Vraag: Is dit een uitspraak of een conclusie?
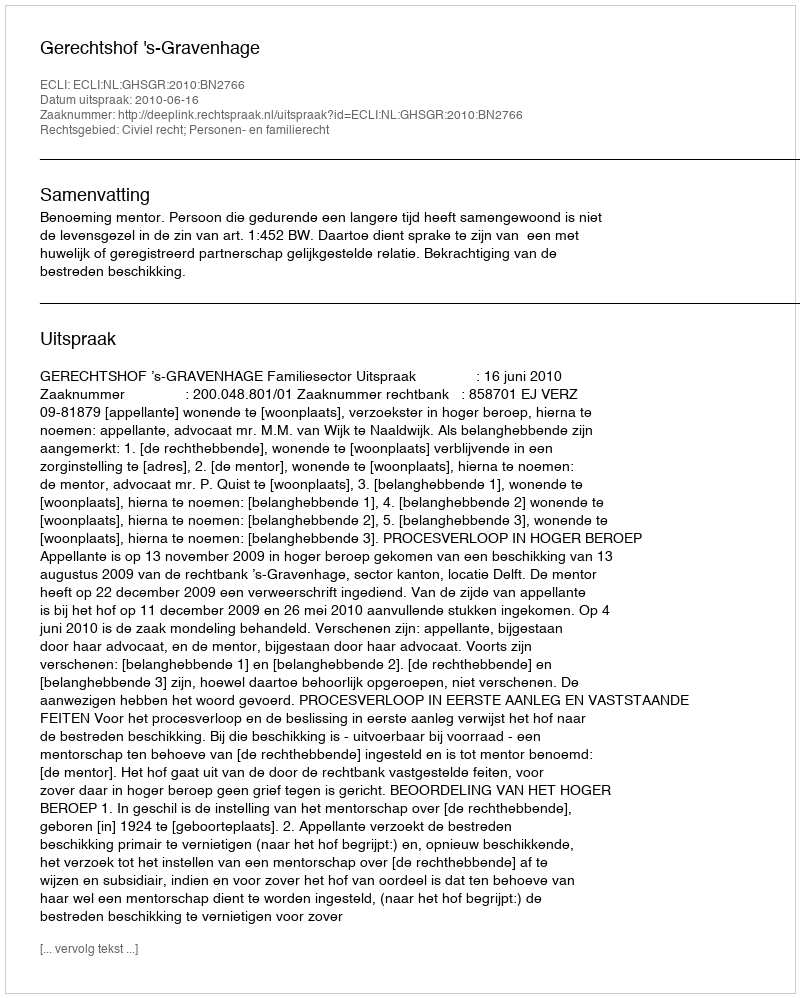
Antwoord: Uitspraak